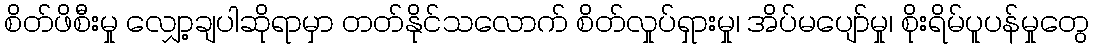
စိတ်ဖိစီးမှု လျှော့ချပါဆိုရာမှာ တတ်နိုင်သလောက် စိတ်လှုပ်ရှားမှု၊ အိပ်မပျော်မှု၊ စိုးရိမ်ပူပန်မှုတွေ